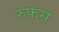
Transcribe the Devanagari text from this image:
रुफ़स